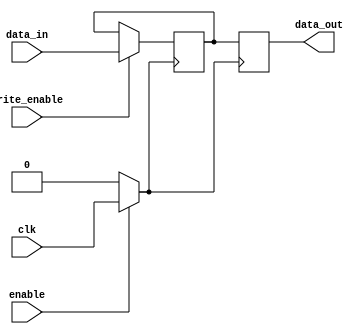
module clock_gating_memory (
    input wire clk,          // System clock
    input wire enable,       // Enable signal for clock gating
    input wire [7:0] data_in, // Data input for memory
    input wire write_enable, // Write enable signal
    output reg [7:0] data_out // Data output from memory
);
    // Memory storage (can be parametrized based on requirements)
    reg [7:0] memory [0:255]; // A simple memory array with 256 bytes

    // Gated clock signal
    wire gated_clk;

    // Clock Gating Logic
    assign gated_clk = enable ? clk : 1'b0;

    // Memory Read/Write Operations
    always @(posedge gated_clk) begin
        if (write_enable) begin
            // Write data to memory
            memory[0] <= data_in; // Example: Writing to address 0
        end
        // Read data from memory (for demonstration)
        data_out <= memory[0]; // Example: Reading from address 0
    end

endmodule